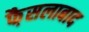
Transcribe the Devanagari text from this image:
फै़सलाबाद